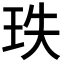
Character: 𤤥